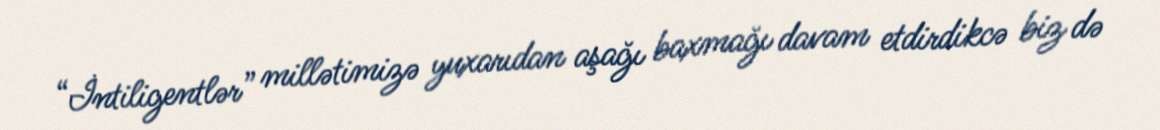
“İntiligentlər” millətimizə yuxarıdan aşağı baxmağı davam etdirdikcə biz də